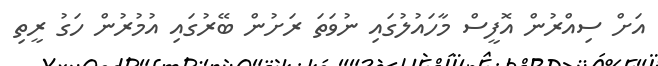
އަށް ސިއްރުން އޮފީސް މާހައުލުގައި ނުވަތަ ރަށުން ބޭރުގައި އުމުރުން ހަގު ރީތި